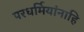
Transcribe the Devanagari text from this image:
परधर्मियांनाहि